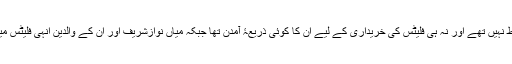
اُنہوں نے لکھا کہ میاں نواز شریف کے بچے نوّے کی دہائی میں اتنے مضبوط نہیں تھے اور نہ ہی فلیٹس کی خریداری کے لیے اُن کا کوئی ذریعۂ آمدن تھا جبکہ میاں نوازشریف اور اُن کے والدین اِنہی فلیٹس میں رہ رہے تھے اِس لیے لندن فلیٹس کے اصل مالک میاں نوازشریف ہی ہیں‘‘۔